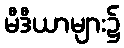
မီဒီယာများ၌